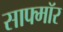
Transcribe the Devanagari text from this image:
साफ्मॉर